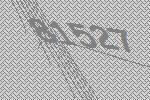
81527